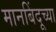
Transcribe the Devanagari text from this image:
मानबिंदूच्या